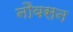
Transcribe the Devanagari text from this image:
नौवसन